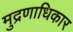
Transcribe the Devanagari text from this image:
मुद्रणाधिकार